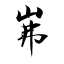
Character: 岪